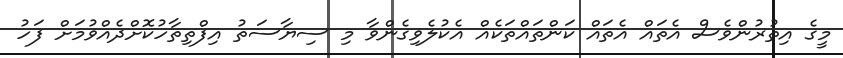
މީގެ އިތުރުންވެސް އެތައް އެތައް ކަންތައްތަކެއް އެކުލެވިގެންވާ މި ސިޔާސަތު އިފްތިތާހުކޮށްދެއްވުމަށް ފަހު